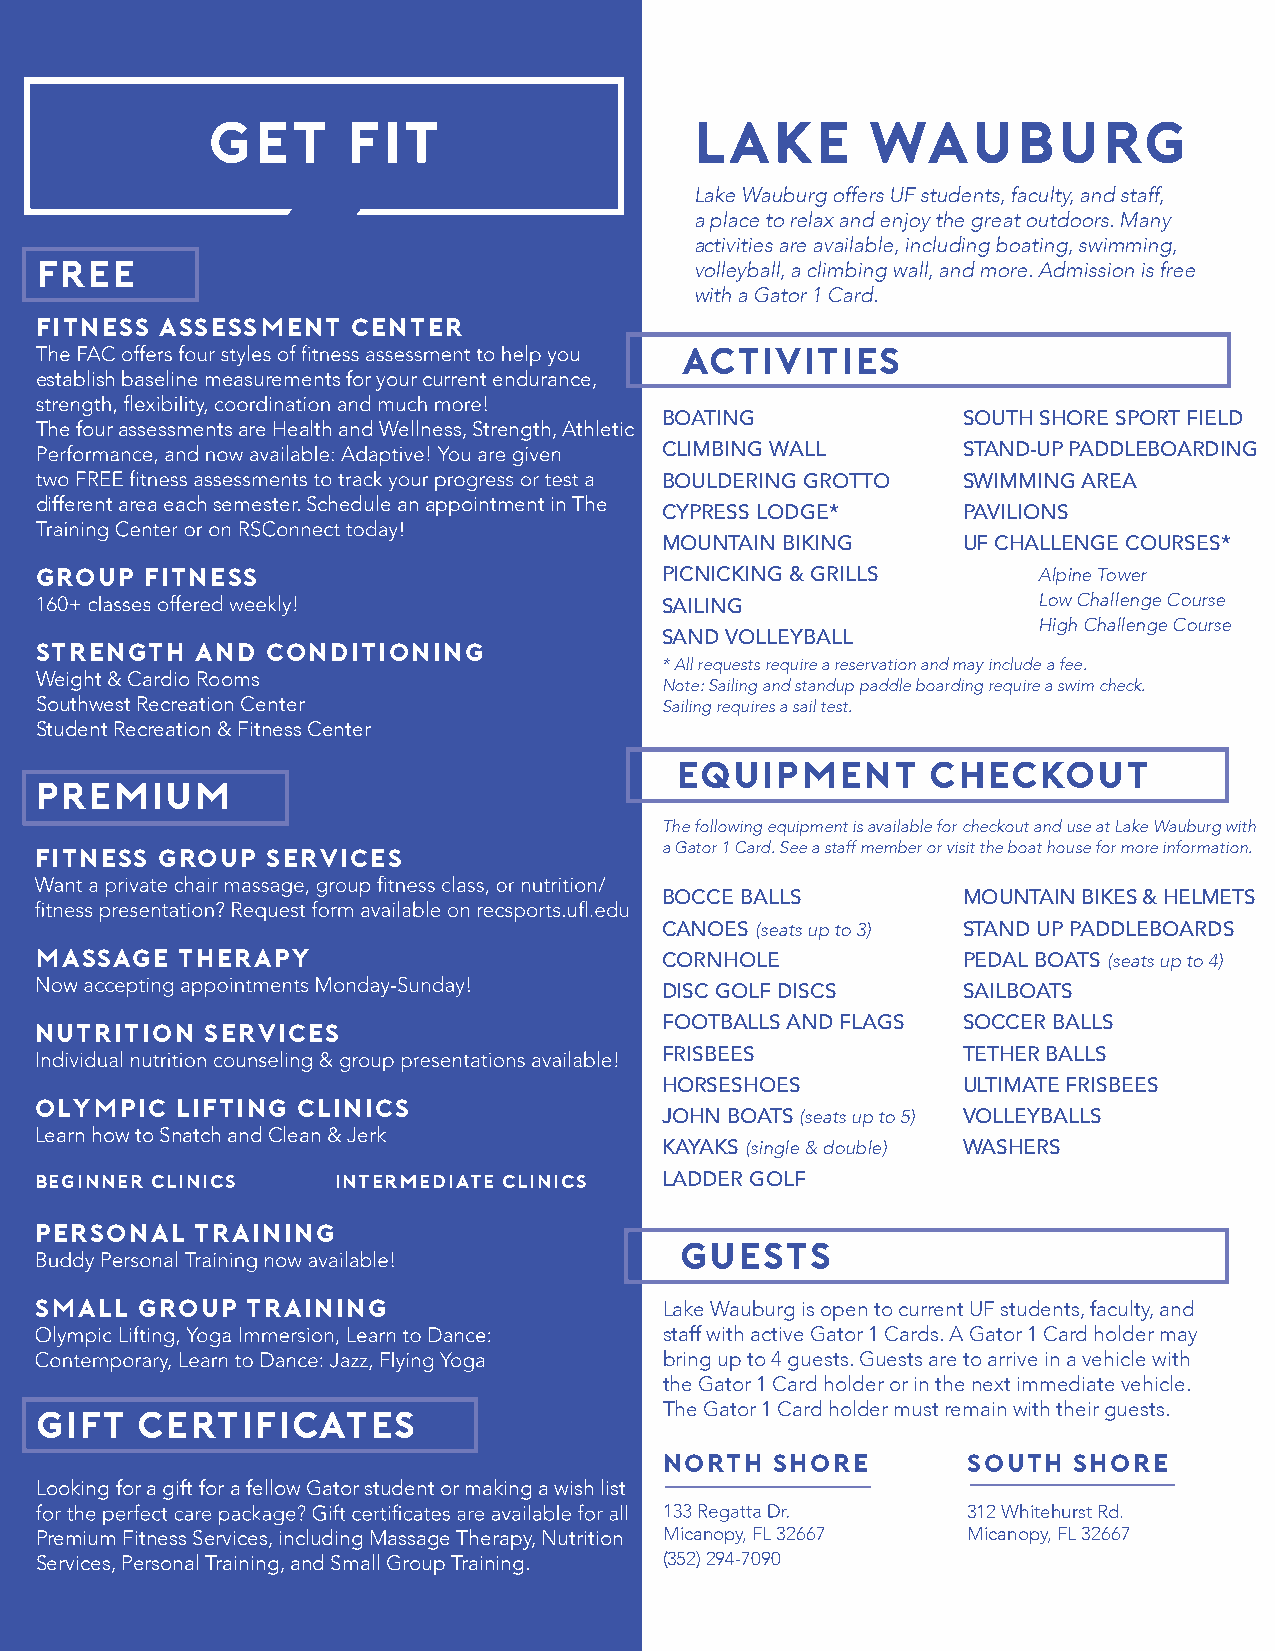
get      fit                    lake       wauburg
 Lake Wauburg offers UF students, faculty, and staff,
 a place to relax and enjoy the great outdoors. Many
 activities are available, including boating, swimming,
 free
 volleyball, a climbing wall, and more. Admission is free
 with a Gator 1 Card.
 FITNESS  ASSESSMENT  CENTER
 ACTIVITIES
 establish baseline measurements for your current endurance,
 BOATING             SOUTH SHORE SPORT FIELD
 The four assessments are Health and Wellness, Strength, Athletic
 CLIMBING WALL       STAND-UP PADDLEBOARDING
 BOULDERING GROTTO   SWIMMING AREA
 different area each semester. Schedule an appointment in The
 CYPRESS LODGE*      PAVILIONS
 MOUNTAIN BIKING     UF CHALLENGE COURSES*
 GROUP   FITNESS                           PICNICKING & GRILLS      Alpine Tower
 Low Challenge Course
 SAILING
 High Challenge Course
 SAND VOLLEYBALL
 STRENGTH   AND  CONDITIO NING
 *All requests require a reservation and may include a fee.
 Weight & Cardio Rooms
 Note: Sailing and standup paddle boarding require a swim check.
 Southwest Recreation Center               Sailing requires a sail test.
 Student Recreation & Fitness Center
 equipment        checkout
 premium
 The following equipment is available for checkout and use at Lake Wauburg with
 FITNESS GROUP   SERVICES                  a Gator 1 Card. See a staff member or visit the boat house for more information.
 BOCCE BALLS         MOUNTAIN BIKES & HELMETS
 CANOES (seats up to 3) STAND UP PADDLEBOARDS
 MASSAGE   THERAPY
 CORNHOLE            PEDAL BOATS (seats up to 4)
 DISC GOLF DISCS     SAILBOATS
 nutrition   services                      FOOTBALLS AND FLAGS SOCCER BALLS
 FRISBEES            TETHER BALLS
 HORSESHOES          ULTIMATE FRISBEES
 OLYMPIC   LIFTING CLINICS
 JOHN BOATS (seats up to 5) VOLLEYBALLS
 Learn how to Snatch and Clean & Jerk
 KAYAKS (single & double) WASHERS
 beginner clinics    intermediate clinics  LADDER GOLF
 PERSONAL   TRAINING
 guests
 SMALL  GROUP  TRAINING                    Lake Wauburg is open to current UF students, faculty, and
 staff with active Gator 1 Cards. A Gator 1 Card holder may
 bring up to 4 guests. Guests are to arrive in a vehicle with
 the Gator 1 Card holder or in the next immediate vehicle.
 gift   certificates                       The Gator 1 Card holder must remain with their guests.
 north  shore        south  shore
 Looking for a gift for a fellow Gator student or making a wish list
 312 Whitehurst Rd.
 Premium Fitness Services, including Massage Therapy, Nutrition Micanopy, FL 32667 Micanopy, FL 32667
 Services, Personal Training, and Small Group Training. (352)294-7090